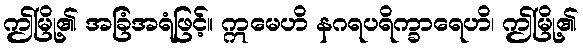
ဤမြို့၏ အခြံအရံဖြင့်။ ဣမေဟိ နဂရပရိက္ခာရေဟိ၊ ဤမြို့၏